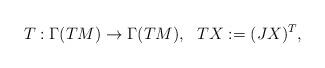
LaTeX: \begin{align*}T:\Gamma(TM)\rightarrow \Gamma(TM), \ \ TX:=(J X)^T,\end{align*}